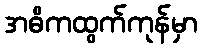
အဓိကထွက်ကုန်မှာ